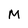
Character: M